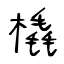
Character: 橇